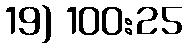
19) 100:25